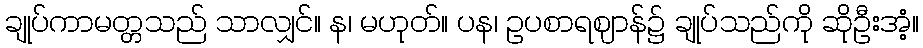
ချုပ်ကာမတ္တသည် သာလျှင်။ န၊ မဟုတ်။ ပန၊ ဥပစာရဈာန်၌ ချုပ်သည်ကို ဆိုဦးအံ့။